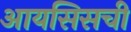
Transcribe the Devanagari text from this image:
आयसिसची